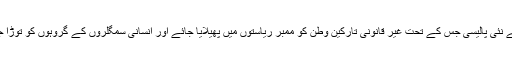
یورپی یونین کی جانب سے نئی پالیسی جس کے تحت غیر قانونی تارکین وطن کو ممبر ریاستوں میں پھیلایا جائے اور انسانی سمگلروں کے گروہوں کو توڑا جائے شاید کارآمد ثابت ہو۔